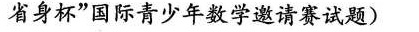
省身杯”国际青少年数学邀请赛试题)